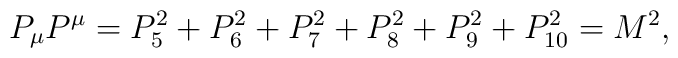
P_\mu P^\mu = P_5^2+P_6^2+P_7^2+P_8^2+P_9^2+P_{10}^2=M^2 ,